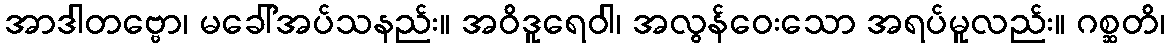
အာဒါတဗ္ဗော၊ မခေါ်အပ်သနည်း။ အဝိဒူရေဝါ၊ အလွန်ဝေးသော အရပ်မူလည်း။ ဂစ္ဆတိ၊